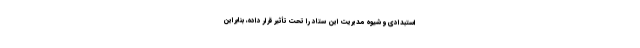
استبدادی و شیوه مدیریت این ستاد را تحت تأثیر قرار داده، بنابراین